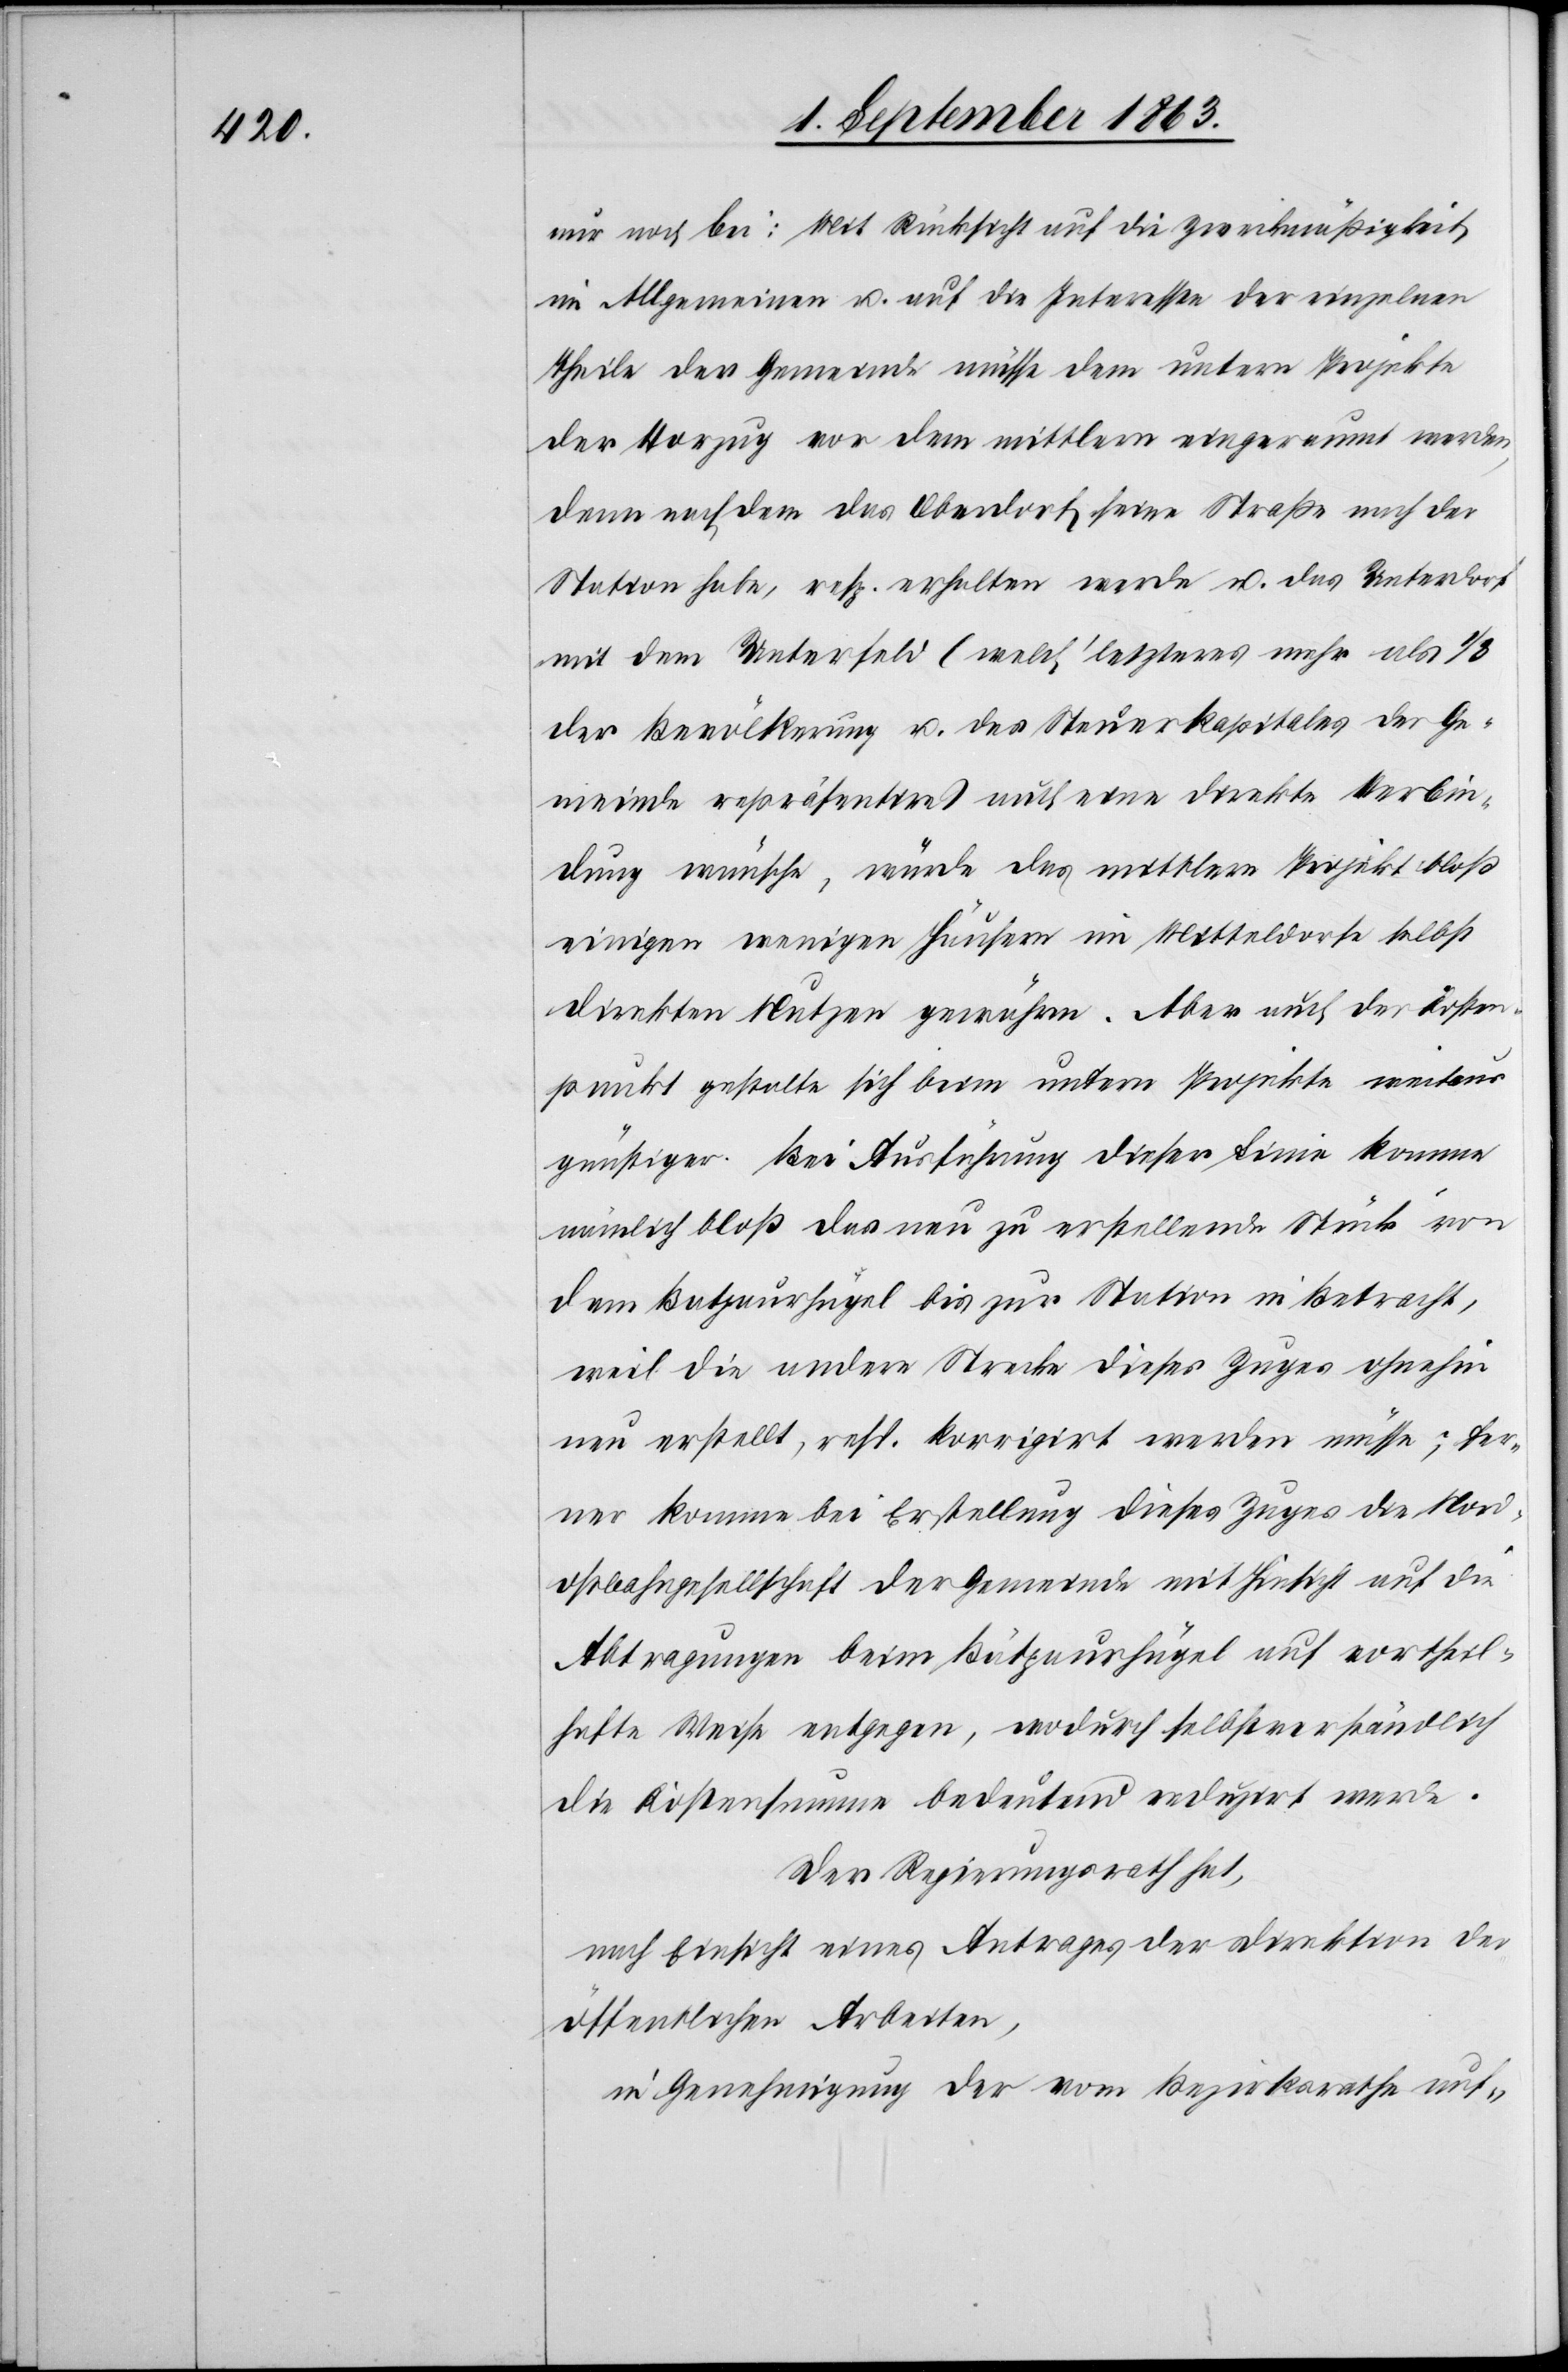
nur noch bei: Mit Rücksicht auf die Zweckmäßigkeit
im Allgemeinen u. auf die Interessen der einzelnen
Theile der Gemeinde müsse dem untern Projekte
der Vorzug vor dem mittlern eingeraumt werden,
denn nach dem das Oberdorf seine Straße nach der
Station habe, resp. erhalten werde u. das Unterdorf
mit dem Unterfeld (welch' letzteres mehr als 1/3
der Bevölkerung u. des Steuerkapitales der Ge¬
meinde repräsentire) auch eine direkte Verbin¬
dung wünsche, würde das mittlere Projekt bloß
einigen wenigen Häusern im Mitteldorfe selbst
direkten Nutzen gewähren. Aber auch der Kosten¬
punkt gestalte sich beim untern Projekte weitaus
günstiger. Bei Ausführung dieser Linie komme
nämlich bloß das neu zu erstellende Stück	 von
dem Batpaurhügel bis zur Station in Betracht,
weil die andere Strecke dieses Zuges ohnehin
neu erstellt, resp. korrigirt werden müsse; fer¬
ner komme bei Erstellung dieses Zuges die Nord¬
ostbahngesellschaft der Gemeinde mit Hinsicht auf die
Abtragungen beim Bätpaurhügel [sic!] auf vortheil¬
hafte Weise entgegen, wodurch selbstverständlich
die Kostensumme bedeutend reduzirt werde.
Der Regierungsrath hat,
nach Einsicht eines Antrages der Direktion der
öffentlichen Arbeiten,
in Genehmigung der vom Bezirksrathe auf-